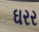
ઘરર